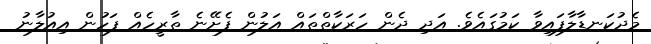
މެދުކަނޑާލާފައިވާ ކަމުގައެވެ. އަދި ދެން ހަރަކާތްތައް އަލުން ފެށޭނެ ތާރީހެއް ފަހުން އިއުލާނު